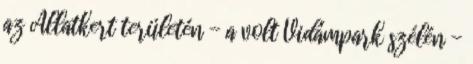
az Állatkert területén - a volt Vidámpark szélén -